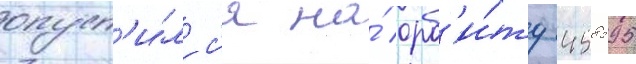
опуст'и́лс'я на́ орб'и́ту 458595